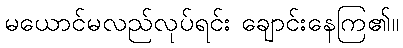
မယောင်မလည်လုပ်ရင်း ချောင်းနေကြ၏။